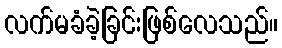
လက်မခံခဲ့ခြင်းဖြစ်လေသည်။